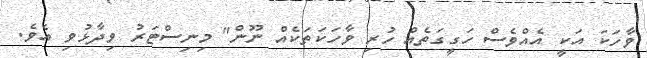
ވާހަކަ އަކީ އެއްވެސް ހަގީގަތެއް ހުރި ވާހަކަތަކެއް ނޫން" މިނިސްޓަރު ވިދާޅުވި އެވެ.